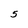
Character: 5